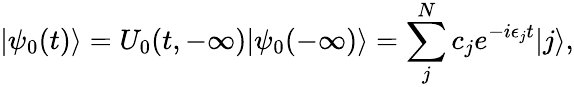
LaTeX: |\psi_{0}(t)\rangle=U_{0}(t,-\infty)|\psi_{0}(-\infty)\rangle=\sum_{j}^{N}c_{j}e^{-i\epsilon_{j}t}|j\rangle,